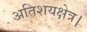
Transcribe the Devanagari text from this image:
अतिशयक्षेत्र।